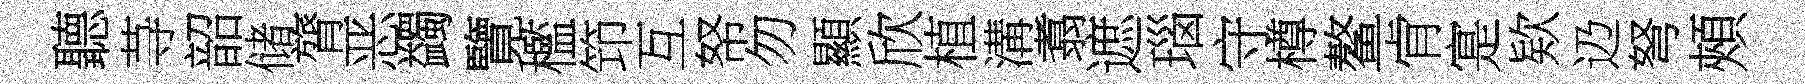
聽䒭韶储膂恶蠲覽檻笻互帑勿顯欣植溝翥遮瑙守樽鳌肻寔欵辸弩頰